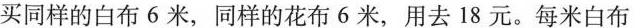
买同样的白布6米，同样的花布6米，用去18元。每米白布